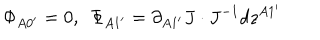
\Phi _ { A 0 ^ { \prime } } = 0 , \ \ \Phi _ { A 1 ^ { \prime } } = \partial _ { A 1 ^ { \prime } } J \cdot J ^ { - 1 } d z ^ { A 1 ^ { \prime } }